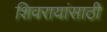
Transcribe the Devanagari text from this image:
शिवरायांसाठी